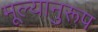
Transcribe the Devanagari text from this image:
मूल्यानुरूप